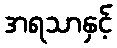
အရသာနှင့်